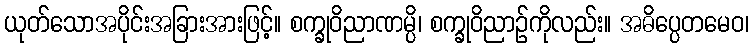
ယုတ်သောအပိုင်းအခြားအားဖြင့်။ စက္ခုဝိညာဏမ္ပိ၊ စက္ခုဝိညာဉ်ကိုလည်း။ အဓိပ္ပေတမေဝ၊